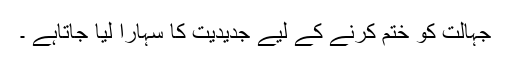
جہالت کو ختم کرنے کے لیے جدیدیت کا سہارا لیا جاتاہے ۔